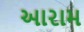
આરામ